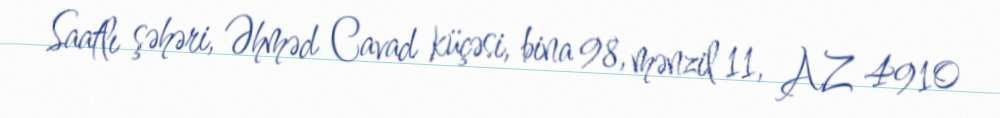
Saatlı şəhəri, Əhməd Cavad küçəsi, bina 98, mənzil 11, AZ 4910